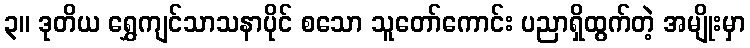
၃။ ဒုတိယ ရွှေကျင်သာသနာပိုင် စသော သူတော်ကောင်း ပညာရှိထွက်တဲ့ အမျိုးမှာ